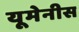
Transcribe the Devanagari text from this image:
यूमेनीस